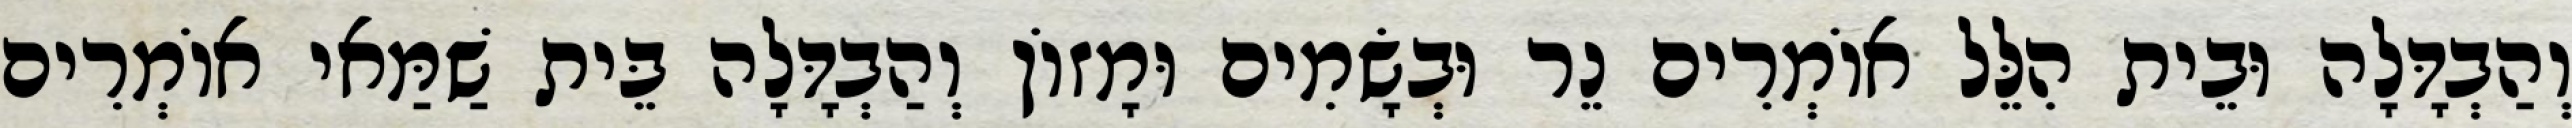
וְהַבְדָּלָה וּבֵית הִלֵּל אוֹמְרִים נֵר וּבְשָׂמִים וּמָזוֹן וְהַבְדָּלָה בֵּית שַׁמַּאי אוֹמְרִים